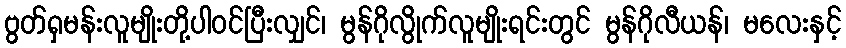
ဗွတ်ရှမန်းလူမျိုးတို့ပါဝင်ပြီးလျှင်၊ မွန်ဂိုလွိုက်လူမျိုးရင်းတွင် မွန်ဂိုလီယန်၊ မလေးနှင့်